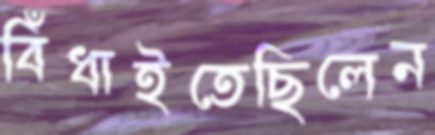
বিঁধাইতেছিলেন